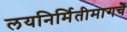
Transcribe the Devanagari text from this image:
लयनिर्मितीमागचे